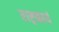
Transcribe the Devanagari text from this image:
राष्ट्रकार्य